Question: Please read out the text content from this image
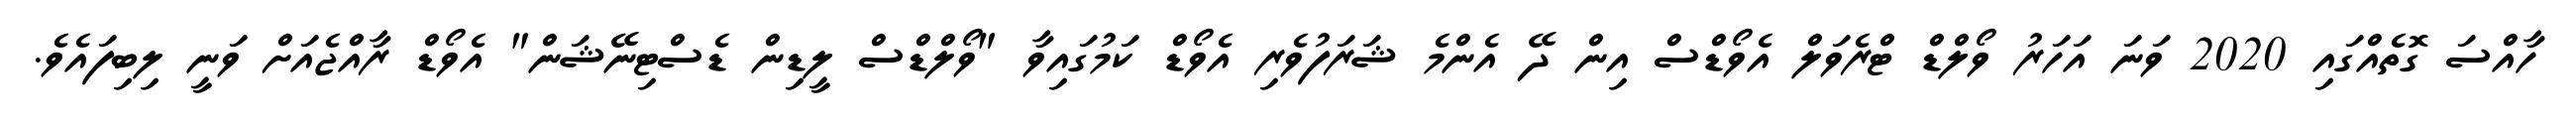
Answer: ހާއްސަ ގޮތެއްގައި 2020 ވަނަ އަހަރު ވޯލްޑް ޓްރެވަލް އެވޯޑްސް އިން ދޭ އެންމެ ޝަރަފުވެރި އެވޯޑް ކަމުގައިވާ "ވޯލްޑްސް ލީޑިން ޑެސްޓިނޭޝަން" އެވޯޑް ރާއްޖެއަށް ވަނީ ލިބިފައެވެ.